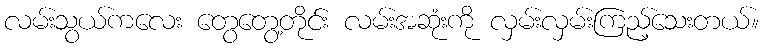
လမ်းသွယ်ကလေး တွေတွေ့တိုင်း လမ်းအဆုံးကို လှမ်းလှမ်းကြည့်သေးတယ်။